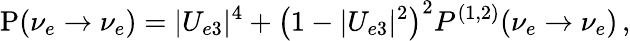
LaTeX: \mathrm{P}(\nu_{e}\to\nu_{e})=|U_{e3}|^{4}+\left(1-|U_{e3}|^{2}\right)^{2}P^{(1,2)}(\nu_{e}\to\nu_{e})\, ,